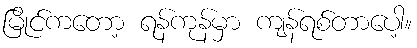
မြိုင်ကတော့ ရန်ကုန်မှာ ကျန်ရစ်တာပေါ့။